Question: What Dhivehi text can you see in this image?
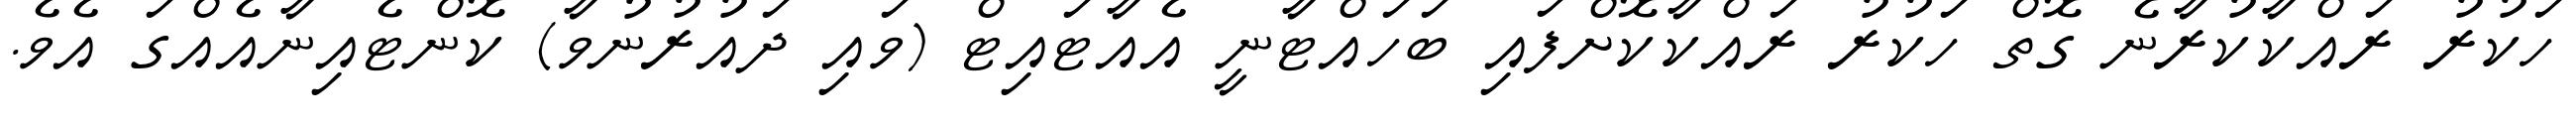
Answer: ހަކުރު ރައްކާކުރާނެ ގޮތް ހަކުރު ރައްކާކޮށްފައި ބަހައްޓާނީ އެއާޓައިޓް (ވައި ދައުރުނުވާ) ކޮންޓެއިނާއެއްގަ އެވެ.